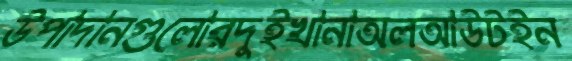
উপাদানগুলোরদুইখানাঅলআউটইন